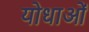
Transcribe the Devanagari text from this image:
योधाओं